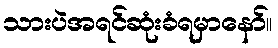
သားပဲအရင်ဆုံးခံရမှာနော်။